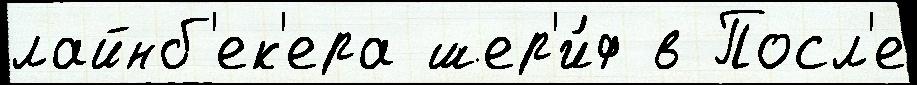
лайнб'ек'ера шер'и́ф в Посл'е